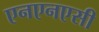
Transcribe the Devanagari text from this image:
एनएनएसी